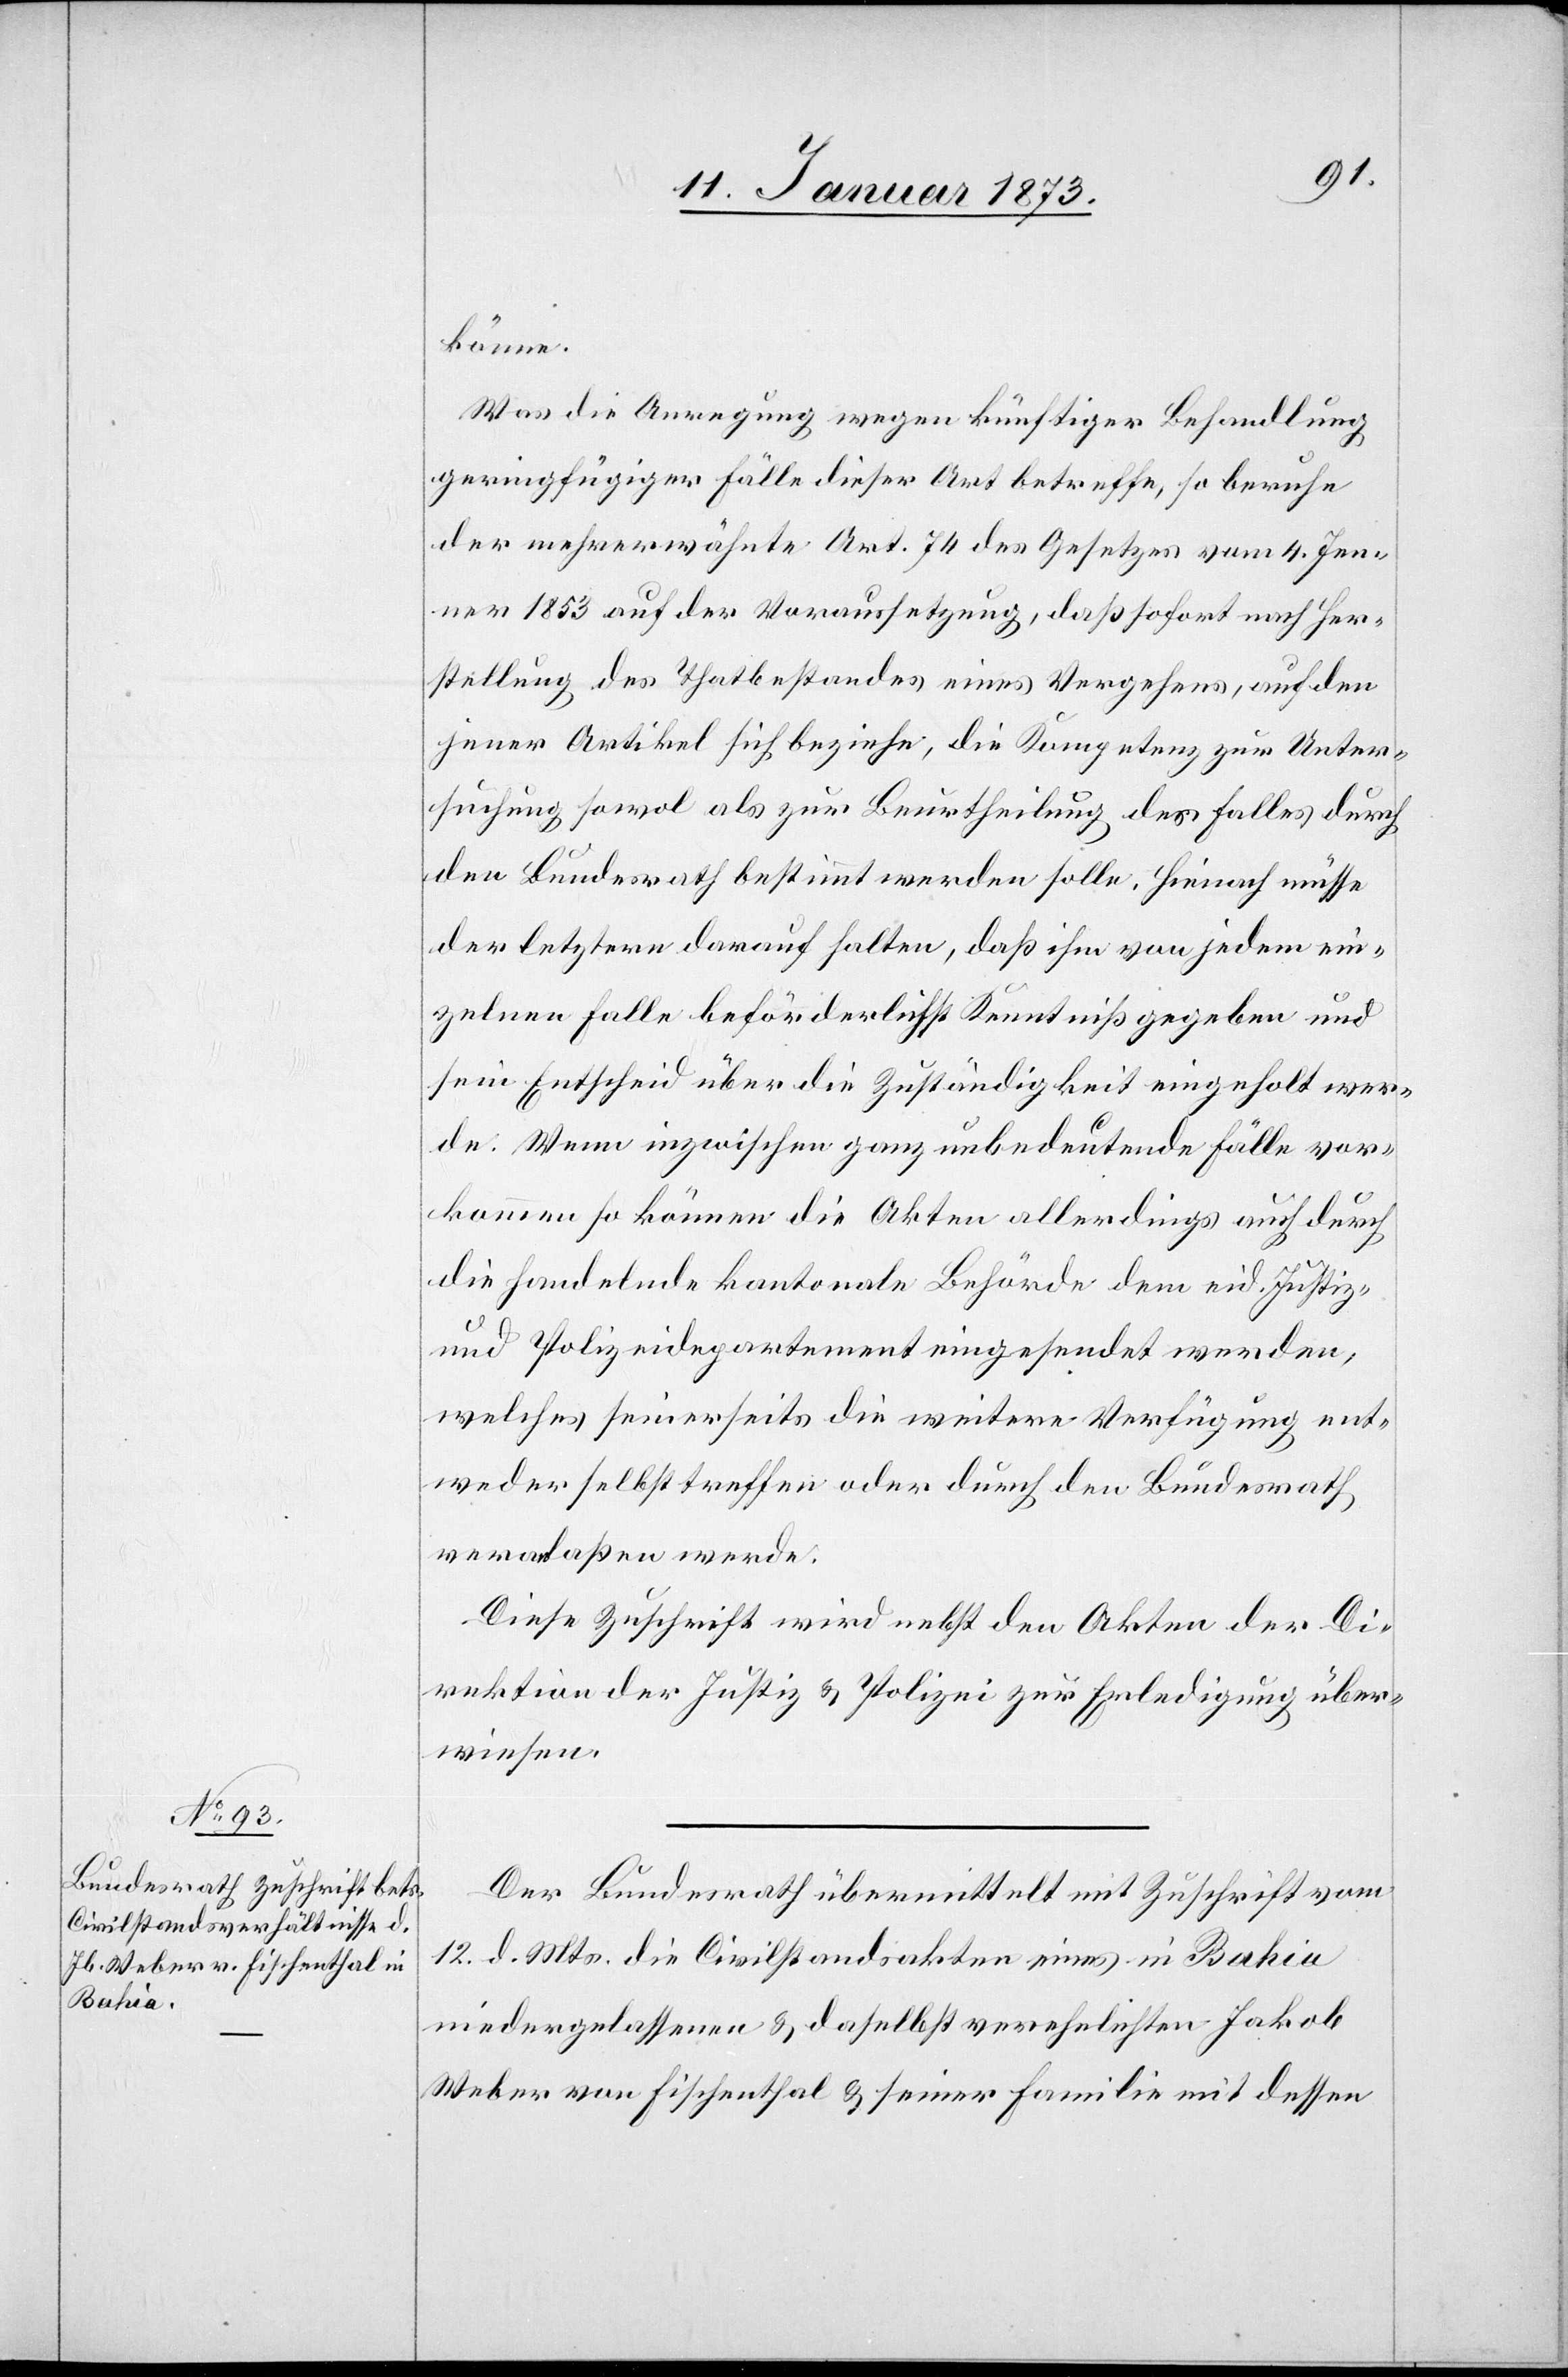
13. Januar 1873.]
könne.
Was die Anregung wegen künftiger Behandlung
geringfügiger Fälle dieser Art betreffe, so beruhe
der mehrerwähnte Art. 74 des Gesetzes vom 4. Jen¬
ner 1853 auf der Voraussetzung, daß sofort nach Her¬
stellung des Thatbestandes eines Vergehens, auf den
jener Artikel sich beziehe, die Kompetenz zur Unter¬
suchung sowol als zur Beurtheilung des Falles durch
den Bundesrath bestimmt werden solle, hienach müsse
der letztere darauf halten, daß ihm von jedem ein¬
zelnen Falle beförderlichst Kenntniß gegeben und
sein Entscheid über die Zuständigkeit eingeholt wer¬
de. Wenn inzwischen ganz unbedeutende Fälle vor¬
kommen so können die Akten allerdings auf durch
die handelnde kantonale Behörde dem eid. Justiz-
und Polizeidepartement eingesendet werden,
welches seinerseits die weitere Verfügung und
weder selbst treffen oder durch den Bundesrath
veranlaßen werde.
Diese Zuschrift wird nebst den Akten der Di¬
rektion der Justiz u. Polizei zur Erledigung über¬
wiesen.
Der Bundesrath übermittelt mit Zuschrift vom
12. d. Mts. die Civilstandsakten eines in Bahia
niedergelassenen u. daselbst verehelichten Jakob
Weber von Eischenthal u. seiner Familie mit dessen